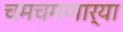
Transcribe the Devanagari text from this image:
चमचमणार्‍या